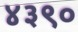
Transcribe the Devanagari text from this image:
४३९०